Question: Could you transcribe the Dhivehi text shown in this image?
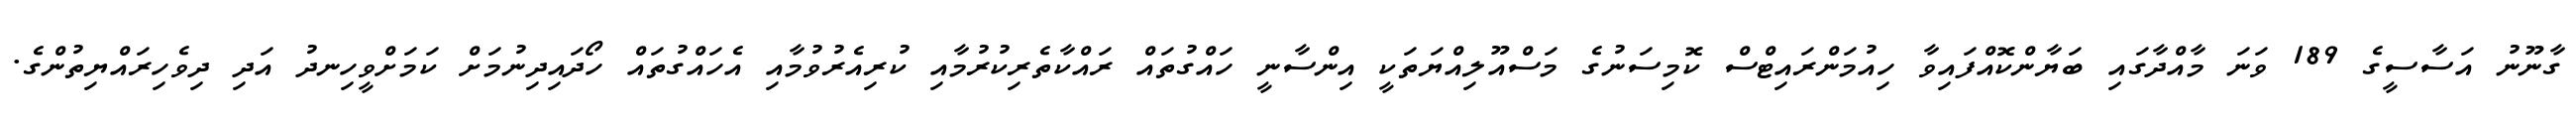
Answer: ގާނޫނު އަސާސީގެ 189 ވަނަ މާއްދާގައި ބަޔާންކޮއްފައިވާ ހިއުމަންރައިޓްސް ކޮމިސަނުގެ މަސްއޫލިއްޔަތަކީ އިންސާނީ ހައްގުތައް ރައްކާތެރިކުރުމާއި ކުރިއެރުވުމާއި އެހައްގުތައް ހޯދައިދިނުމަށް ކަމަށްވީހިނދު އަދި ދިވެހިރައްޔިތުންގެ.